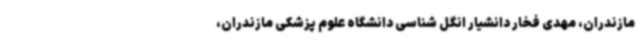
مازندران، مهدی فخار دانشیار انگل شناسی دانشگاه علوم پزشکی مازندران،